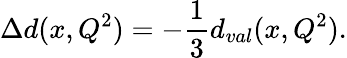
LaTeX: \Delta d(x,Q^{2})=-{\frac{1}{3}}d_{val}(x,Q^{2}).